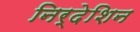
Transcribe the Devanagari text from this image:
निर्देशिन